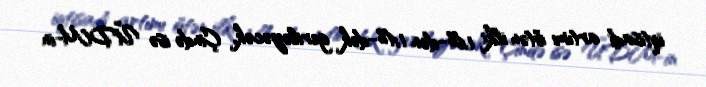
iqtisadi artımı ötən ilki 1,6%-dən 1,4%-dək geriləyəcək, Çində isə ÜDM-in